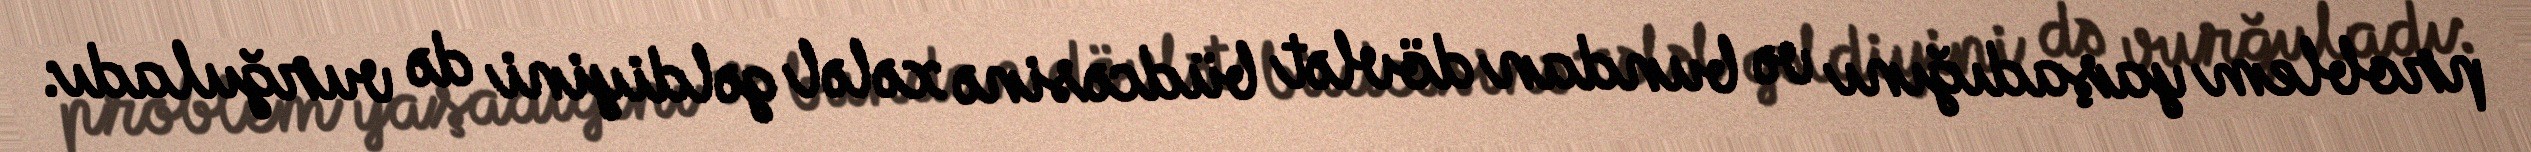
problem yaşadığını və bundan dövlət büdcəsinə xələl gəldiyini də vurğuladı: